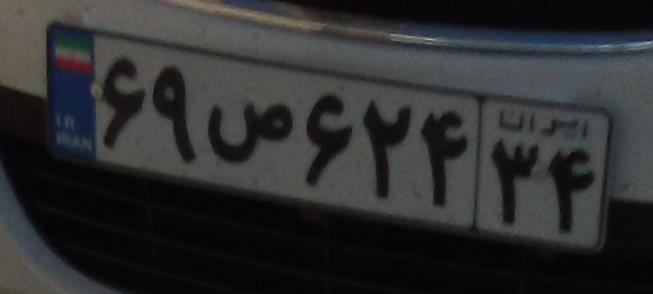
۶۹ص۶۲۴۳۴